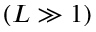
( L \gg 1 )